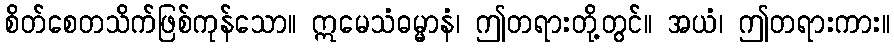
စိတ်စေတသိက်ဖြစ်ကုန်သော။ ဣမေသံဓမ္မာနံ၊ ဤတရားတို့တွင်။ အယံ၊ ဤတရားကား။